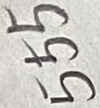
Text: 555